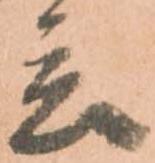
言